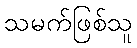
သမက်ဖြစ်သူ